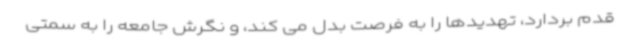
قدم بردارد، تهدیدها را به فرصت بدل می کند، و نگرش جامعه را به سمتی